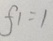
f 1 = 1